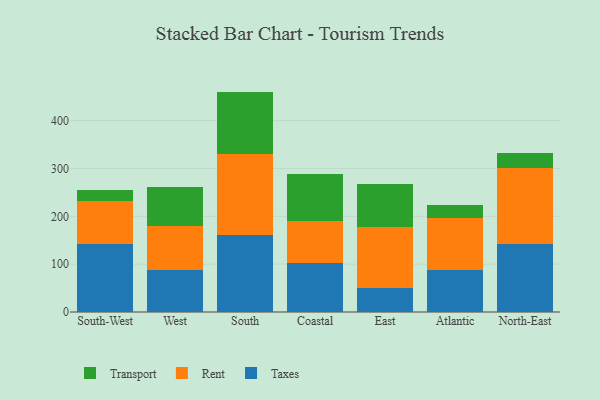
{"axis": {"x": "Region", "y": "Churn Rate (%)"}, "legend": ["Rent", "Taxes", "Transport"], "data": [{"x": "South-West", "y": 141.8, "type": "Taxes"}, {"x": "South-West", "y": 89.5, "type": "Rent"}, {"x": "South-West", "y": 23.5, "type": "Transport"}, {"x": "West", "y": 88.1, "type": "Taxes"}, {"x": "West", "y": 91.6, "type": "Rent"}, {"x": "West", "y": 82.1, "type": "Transport"}, {"x": "South", "y": 160.8, "type": "Taxes"}, {"x": "South", "y": 170.0, "type": "Rent"}, {"x": "South", "y": 129.9, "type": "Transport"}, {"x": "Coastal", "y": 102.6, "type": "Taxes"}, {"x": "Coastal", "y": 88.4, "type": "Rent"}, {"x": "Coastal", "y": 97.6, "type": "Transport"}, {"x": "East", "y": 50.6, "type": "Taxes"}, {"x": "East", "y": 126.6, "type": "Rent"}, {"x": "East", "y": 89.6, "type": "Transport"}, {"x": "Atlantic", "y": 88.8, "type": "Taxes"}, {"x": "Atlantic", "y": 108.0, "type": "Rent"}, {"x": "Atlantic", "y": 26.3, "type": "Transport"}, {"x": "North-East", "y": 142.1, "type": "Taxes"}, {"x": "North-East", "y": 159.2, "type": "Rent"}, {"x": "North-East", "y": 31.3, "type": "Transport"}]}